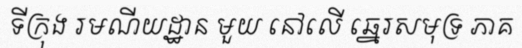
ទីក្រុង រមណីយដ្ឋាន មួយ នៅលើ ឆ្នេរសមុទ្រ ភាគ